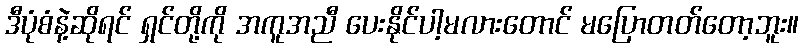
ဒီပုံစံနဲ့ဆိုရင် ရှင်တို့ကို အကူအညီ ပေးနိုင်ပါ့မလားတောင် မပြောတတ်တော့ဘူး။